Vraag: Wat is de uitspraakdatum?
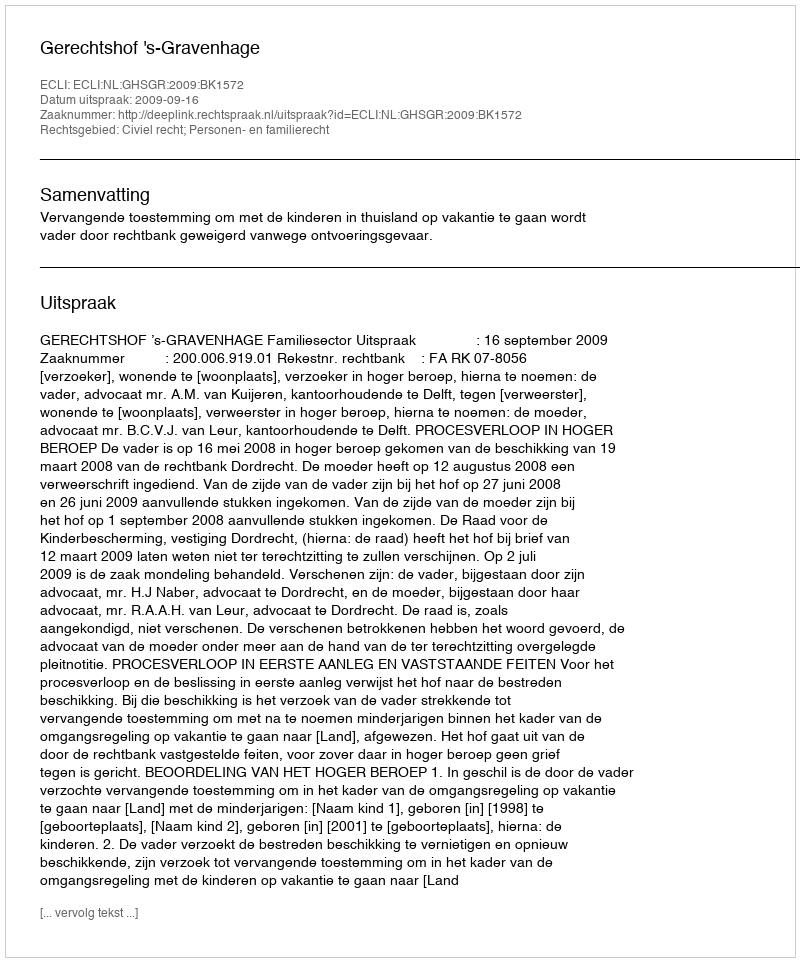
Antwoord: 2009-09-16